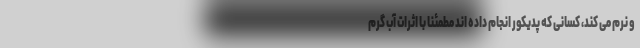
و نرم می کند، کسانی که پدیکور انجام داده اند مطمئنا با اثرات آب گرم